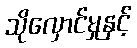
သိုလှောင်မှုနှင့်